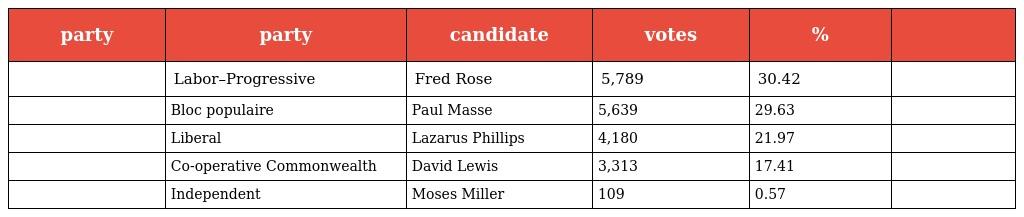
| party | party | candidate | votes | % |  |
 | --- | --- | --- | --- | --- | --- |
 |  | Labor–Progressive | Fred Rose | 5,789 | 30.42 |  |
 |  | Bloc populaire | Paul Masse | 5,639 | 29.63 |  |
 |  | Liberal | Lazarus Phillips | 4,180 | 21.97 |  |
 |  | Co-operative Commonwealth | David Lewis | 3,313 | 17.41 |  |
 |  | Independent | Moses Miller | 109 | 0.57 |  |